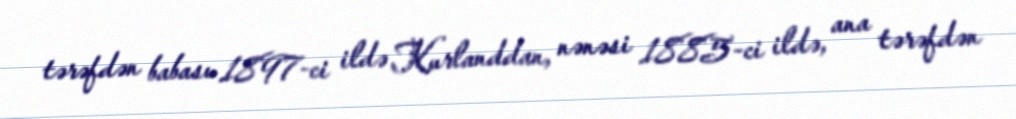
tərəfdən babası 1897-ci ildə Kurlanddan, nənəsi 1885-ci ildə, ana tərəfdən